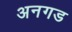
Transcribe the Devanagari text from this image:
अनगड